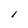
Character: 1